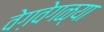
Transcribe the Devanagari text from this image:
वेग़वेगळ्या